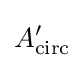
A_{\text{circ}}^{\prime }